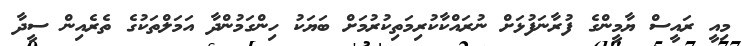
މިއީ ރައީސް ޔާމީންގެ ފުރާނަފުޅަށް ނުރައްކާކުރިމަތިކުރުމަށް ބަޔަކު ހިންގަމުންދާ އަމަލްތަކުގެ ތެރެއިން ސީދާ